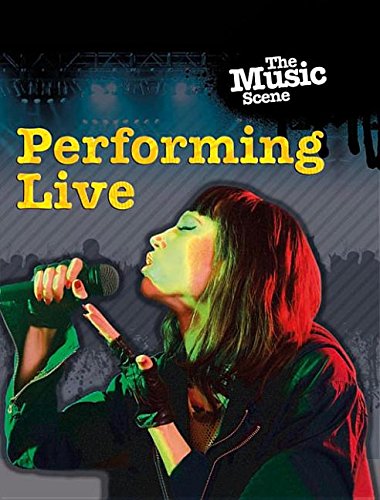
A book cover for Performing Live (Music Scene); Matt Anniss; Teen & Young Adult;